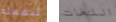
لنفعله اللغات